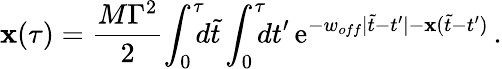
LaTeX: \mathbf{x}(\tau)={\frac{{M\Gamma^{2}}}{{2}}}\! \int_{0}^{\tau}\! \! \! d\tilde{{t}}\int_{0}^{\tau}\! \! \! dt^{\prime}\, \mathrm{{e}}^{-w_{off}|\tilde{{t}}-t^{\prime}|-\mathbf{x}(\tilde{{t}}-t^{\prime})}\, .